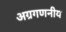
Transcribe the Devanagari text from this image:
अग्रगणनीय